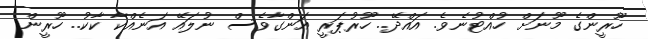
ހޫރީންގެ މޫނަށް ހުއްޓުނެވެ. އައްދޭ.. ހޫރުޕަރީ އަންގާވެސް ނުލައޭ އަނެއްކާ ކާކު.. ހޫރީން